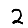
Digit: 2